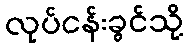
လုပ်ငန်းခွင်သို့